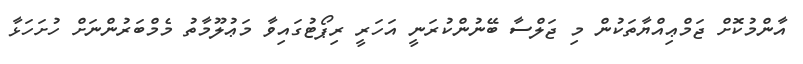
އާންމުކޮށް ޖަމްޢިއްޔާތަކުން މި ޖަލްސާ ބޭނުންކުރަނީ އަހަރީ ރިޕޯޓުގައިވާ މަޢުލޫމާތު މެމްބަރުންނަށް ހުށަހަޅާ